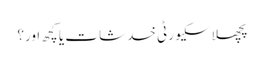
پچھلا سکیورٹی خدشات یا کچھ اور؟